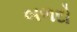
બળદો